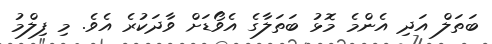
ބަތަލް އަދި އެންމެ މޮޅު ބަތަލާގެ އެވޯޑަށް ވާދަކުރެ އެވެ. މި ފިލްމު